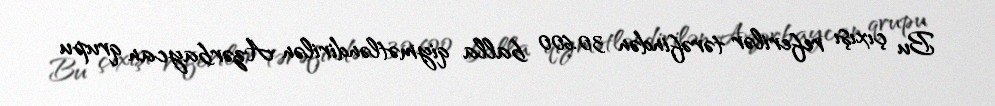
Bu çıxışı referilər tərəfindən 30.600 balla qiymətləndirilən Azərbaycan qrupu